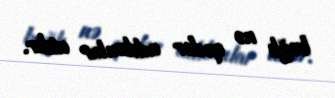
bağlı nə qədər addımlar atılır.